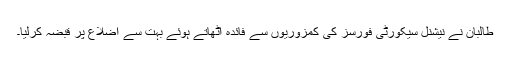
طالبان نے نیشنل سیکورٹی فورسز کی کمزوریوں سے فائدہ اٹھاتے ہوئے بہت سے اضلاع پر قبضہ کرلیا۔